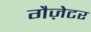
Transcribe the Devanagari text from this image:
गैज़ेटर